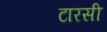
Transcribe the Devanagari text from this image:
टारसी